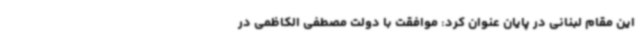
این مقام لبنانی در پایان عنوان کرد: موافقت با دولت مصطفی الکاظمی در